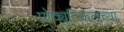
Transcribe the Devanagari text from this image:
प्रोक्युटिकलच्या